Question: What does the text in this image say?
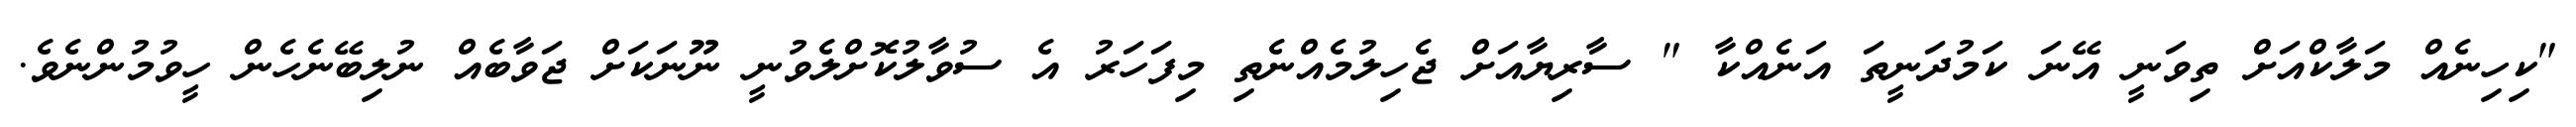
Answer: "ކިހިނެއް މަލާކްއަށް ތިވަނީ އޭނަ ކަމުދަނީތަ އަނެއްކާ " ސާރިޔާއަށް ޖެހިލުމެއްނެތި މިފަހަރު އެ ސުވާލުކޮށްލެވުނީ ނޫނަކަށް ޖަވާބެއް ނުލިބޭނެހެން ހީވުމުންނެވެ.